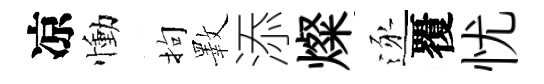
凉慟拘斁添燦逐覆忧